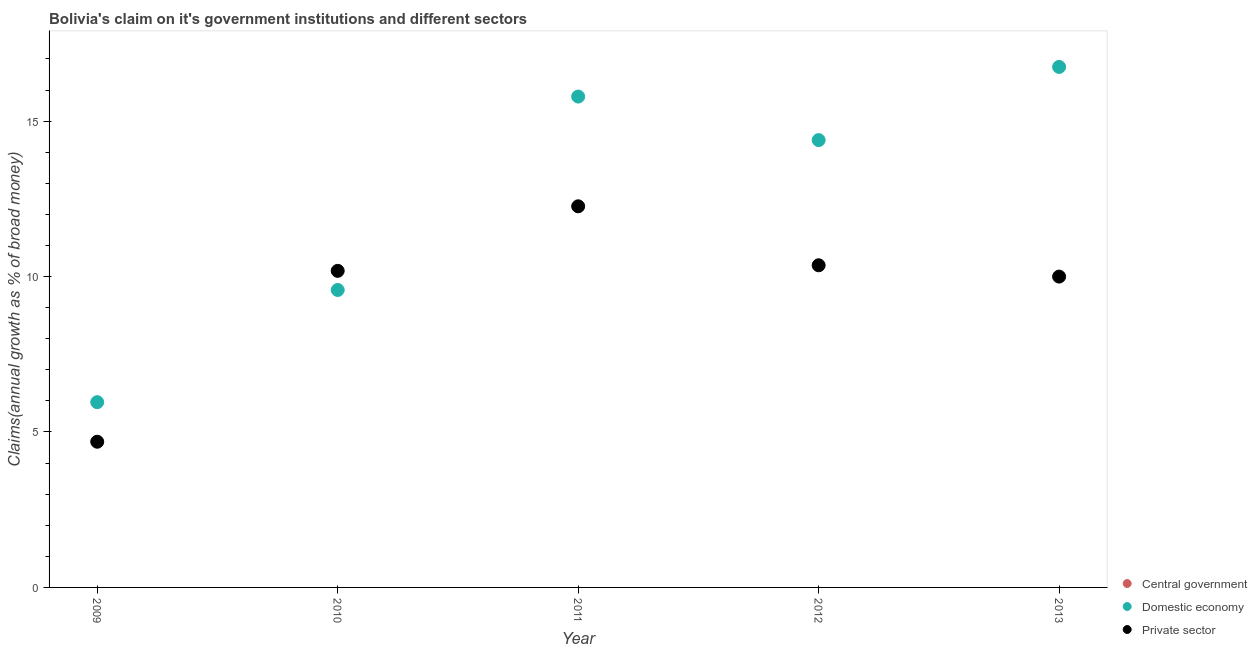
| Year | Central government | Domestic economy | Private sector |
 | --- | --- | --- | --- |
 | 2009 | -3.03 | 5.96 | 4.69 |
 | 2010 | -6.48 | 9.57 | 10.2 |
 | 2011 | -4.67 | 15.8 | 12.3 |
 | 2012 | -5.79 | 14.4 | 10.4 |
 | 2013 | -2.73 | 16.7 | 10 |